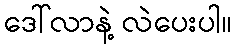
ဒေါ်လာနဲ့ လဲပေးပါ။